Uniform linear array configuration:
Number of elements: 4
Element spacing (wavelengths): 0.5
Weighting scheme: binomial
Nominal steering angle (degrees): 15
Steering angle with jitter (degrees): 16.82
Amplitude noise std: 0.05
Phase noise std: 0.05

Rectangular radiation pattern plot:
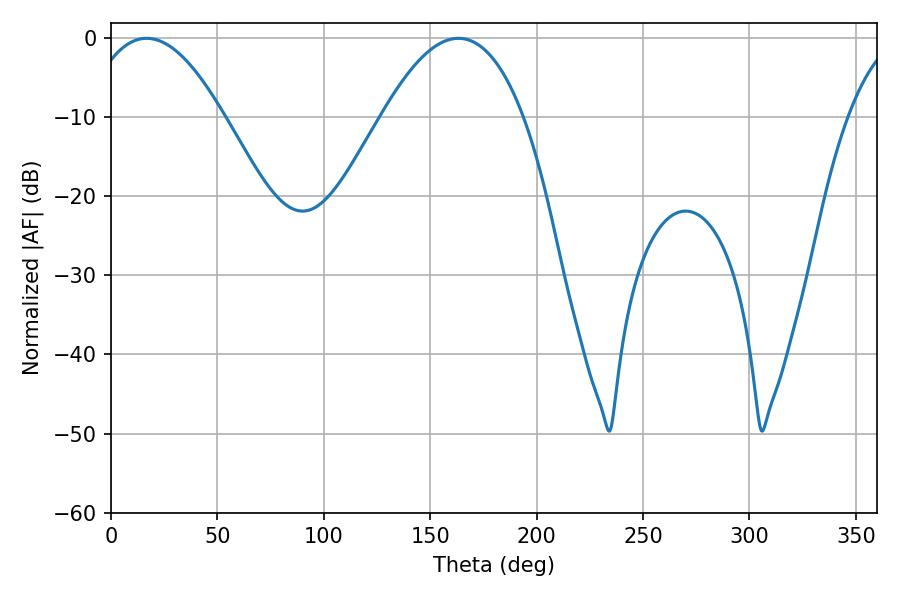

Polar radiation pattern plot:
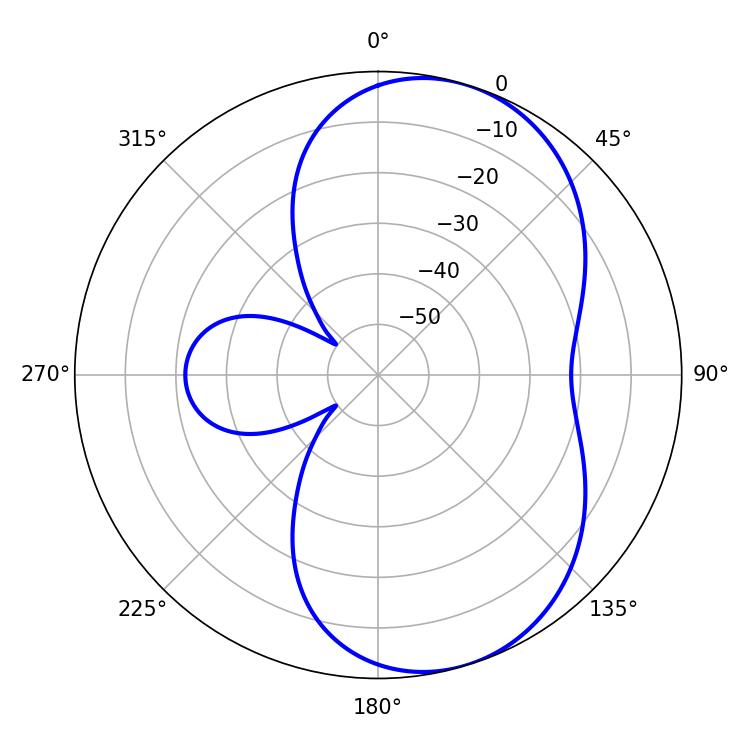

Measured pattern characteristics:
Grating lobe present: FALSE
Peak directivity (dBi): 6.684
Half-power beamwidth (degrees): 36
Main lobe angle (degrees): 16.74